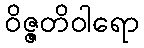
ဝိဇ္ဇတိဝါရော